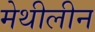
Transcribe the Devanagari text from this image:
मेथीलीन